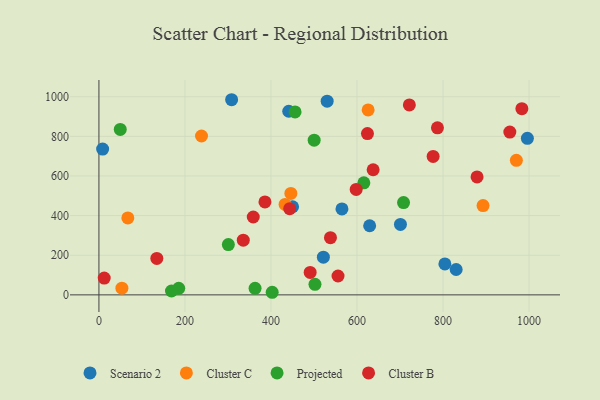
{"axis": {"x": "Distance", "y": "Exam Score"}, "legend": ["Cluster B", "Cluster C", "Projected", "Scenario 2"], "data": [{"x": "804.3", "y": 156.3, "type": "Scenario 2"}, {"x": "629.4", "y": 348.8, "type": "Scenario 2"}, {"x": "701.0", "y": 355.5, "type": "Scenario 2"}, {"x": "441.3", "y": 927.0, "type": "Scenario 2"}, {"x": "521.8", "y": 190.5, "type": "Scenario 2"}, {"x": "530.6", "y": 977.9, "type": "Scenario 2"}, {"x": "830.5", "y": 128.0, "type": "Scenario 2"}, {"x": "8.6", "y": 735.9, "type": "Scenario 2"}, {"x": "565.0", "y": 433.9, "type": "Scenario 2"}, {"x": "308.5", "y": 985.1, "type": "Scenario 2"}, {"x": "450.2", "y": 444.9, "type": "Scenario 2"}, {"x": "996.1", "y": 790.2, "type": "Scenario 2"}, {"x": "67.2", "y": 388.3, "type": "Cluster C"}, {"x": "446.2", "y": 512.3, "type": "Cluster C"}, {"x": "53.4", "y": 33.6, "type": "Cluster C"}, {"x": "893.0", "y": 451.0, "type": "Cluster C"}, {"x": "625.9", "y": 933.4, "type": "Cluster C"}, {"x": "238.5", "y": 801.9, "type": "Cluster C"}, {"x": "970.5", "y": 679.0, "type": "Cluster C"}, {"x": "432.8", "y": 456.5, "type": "Cluster C"}, {"x": "185.5", "y": 33.0, "type": "Projected"}, {"x": "456.0", "y": 923.6, "type": "Projected"}, {"x": "168.7", "y": 19.6, "type": "Projected"}, {"x": "300.9", "y": 253.9, "type": "Projected"}, {"x": "615.9", "y": 565.5, "type": "Projected"}, {"x": "363.0", "y": 33.2, "type": "Projected"}, {"x": "402.8", "y": 13.1, "type": "Projected"}, {"x": "500.4", "y": 781.1, "type": "Projected"}, {"x": "502.3", "y": 53.2, "type": "Projected"}, {"x": "49.6", "y": 835.1, "type": "Projected"}, {"x": "708.2", "y": 466.0, "type": "Projected"}, {"x": "386.0", "y": 469.1, "type": "Cluster B"}, {"x": "134.6", "y": 183.8, "type": "Cluster B"}, {"x": "491.1", "y": 113.2, "type": "Cluster B"}, {"x": "955.3", "y": 822.0, "type": "Cluster B"}, {"x": "358.8", "y": 393.2, "type": "Cluster B"}, {"x": "637.5", "y": 631.7, "type": "Cluster B"}, {"x": "879.1", "y": 595.4, "type": "Cluster B"}, {"x": "443.5", "y": 435.0, "type": "Cluster B"}, {"x": "787.0", "y": 843.0, "type": "Cluster B"}, {"x": "721.7", "y": 959.0, "type": "Cluster B"}, {"x": "538.3", "y": 288.8, "type": "Cluster B"}, {"x": "777.0", "y": 699.0, "type": "Cluster B"}, {"x": "598.1", "y": 532.3, "type": "Cluster B"}, {"x": "335.6", "y": 275.9, "type": "Cluster B"}, {"x": "555.9", "y": 95.2, "type": "Cluster B"}, {"x": "12.3", "y": 84.8, "type": "Cluster B"}, {"x": "624.3", "y": 814.3, "type": "Cluster B"}, {"x": "983.3", "y": 939.9, "type": "Cluster B"}]}